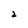
Character: 2